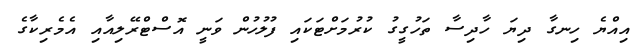
އިއްޔެ ހިނގާ ދިޔަ ހާދިސާ ތަހުގީގު ކުރުމަށްޓަކައި ފުލުހުން ވަނީ އޮސްޓްރޭލިއާއި އެމެރިކާގެ